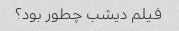
فیلم دیشب چطور بود؟